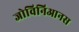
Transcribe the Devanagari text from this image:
जोविनिआनस